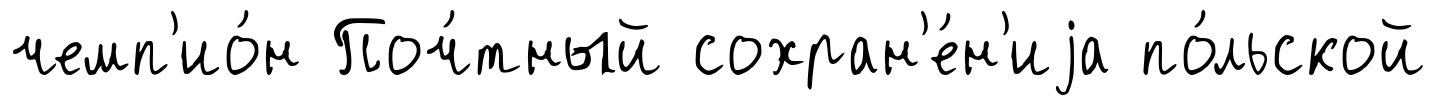
чемп'ио́н Поч́тный сохран'е́н'иjа по́льской